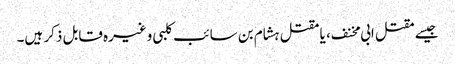
جیسے مقتل ابی مخنف ، یا مقتل ہشام بن سائب کلبی وغیرہ قابل ذکر ہیں۔